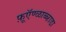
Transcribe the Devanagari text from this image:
फ़ूऍण्ळाब्ब्ऱाडा